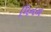
મિનળ